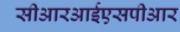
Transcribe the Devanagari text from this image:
सीआरआईएसपीआर